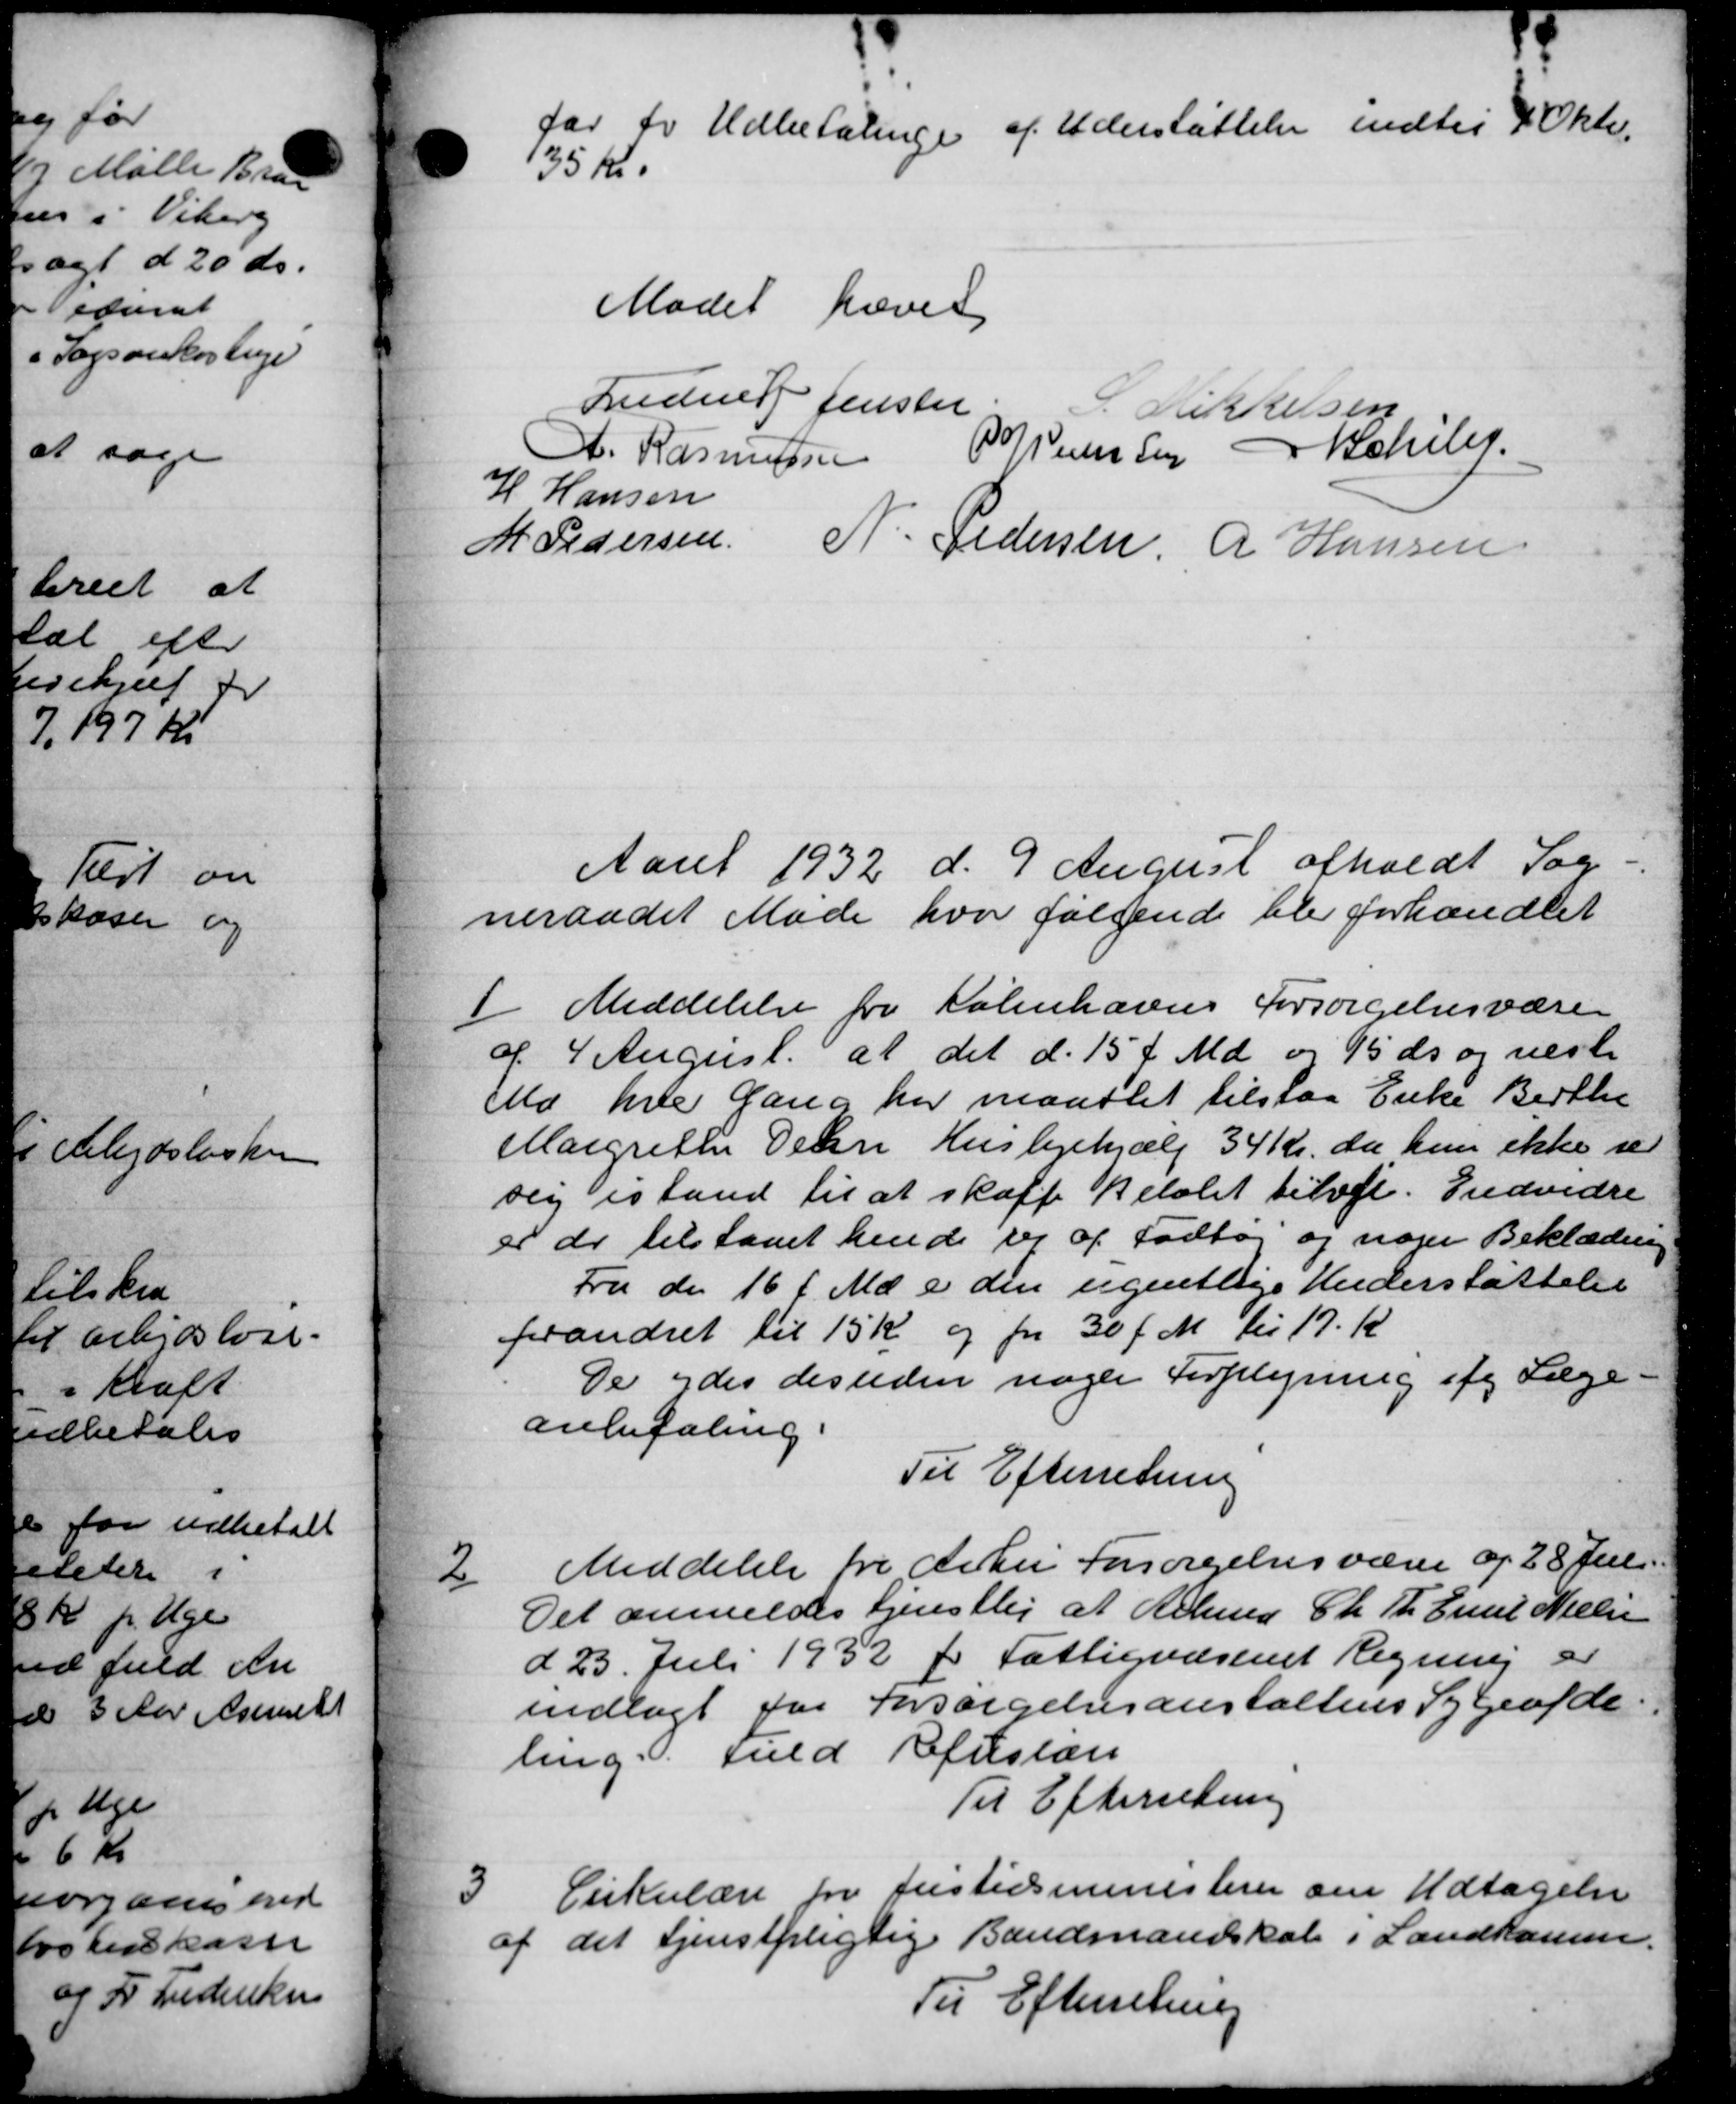
Transskription:
far for Udbetalinge af Uderstøttelse indtil 4 Okt.
135 Kr.
Mødet hævet
Ludvig Jensen
S. ikkelsen
A. Rasmussen P. Nielse for Schiler
H Hansen
M Pedersen
N. Pedersen A Hansen
Aaret 1932 d. 9 August afholdt Sog
neraadet Møde hvor følgende blev forhandlet
1
Meddelelse fra Københavns Forsørgelsesvæsen
af 4 August. at det d. 15 f. Md. og 15 ds og næste
Mo hver Gang har maattet tilstaa Enke Berthe
Margrethe Delen Huslejehjælp 34 Kr. da hun ikke ser
sig istand til at skaffe Beløbet tilvel. Endvidre
er der tilstaaet hende der af Fodtøj og nogen Beklædning
Fra de 16 f. Md. i den ugentlige Understøttelse
forandret til 15 Kr og fra 30 f. M. til 17. K
De ydes desuden nogen Forpligning ifg Læge-
anbefaling.
Til Efterretning

Meddelelse til Århus Forsørgelsesværer af 28 Juli
Det anmeldes tjenstlig at Arbmd Chr. Th. Emil Nielsen
d 23. Juli 1932 for Fattigvæsenet Regning er
indlagt for Forsørgelsesanstaltens Sygeafde
ling. Fuld Ruslan
Til Efterretning

Cirkulære fra Justidsministerie om Udtagelse
9 det tjenstpligtig Bandmandskab i Landkomm.
Til Efterretning